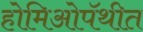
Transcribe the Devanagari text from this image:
होमिओपॅथीत